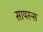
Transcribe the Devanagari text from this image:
सायरन्स